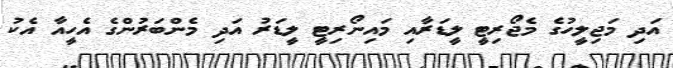
އަދި މަޖިލީހުގެ މެޖޯރިޓީ ލީޑަރާއި މައިނޯރިޓީ ލީޑަރު އަދި މެންބަރުންގެ އެހީއާ އެކު